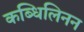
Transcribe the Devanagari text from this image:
कब्धिलिनन